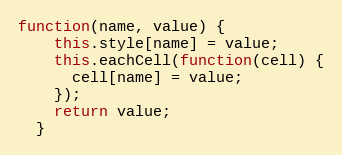
Language: JavaScript
function(name, value) {
    this.style[name] = value;
    this.eachCell(function(cell) {
      cell[name] = value;
    });
    return value;
  }